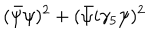
LaTeX: ( \bar { \psi } \psi ) ^ { 2 } + ( \bar { \psi } i \gamma _ { 5 } \psi ) ^ { 2 }